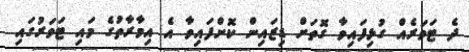
ދެ ޓަވަރެއް ގުޅިފައިވާ ގޮތަށް ޑިޒައިން ކޮށްފައިވާ އެ އިމާރާތުގެ މައި ޓަވަރުގައި